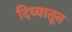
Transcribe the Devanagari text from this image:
दिव्यातून